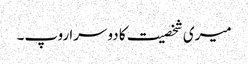
میری شخصیت کا دوسرا روپ۔